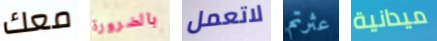
معك بالضرورة لاتعمل عثرتم ميدانية